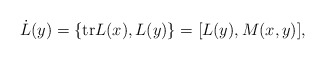
\begin{align*}\dot{L}(y)=\{\mbox{tr}L(x),L(y)\}=[L(y),M(x,y)],\end{align*}